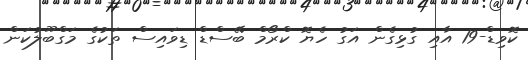
ކޮވިޑް-19 އާއި ގުޅިގެން އަގު ހެޔޮ ކްރޯމް ބޭސްޑް ޑިވައިސް ތަކުގެ މަގްބޫލުކަން